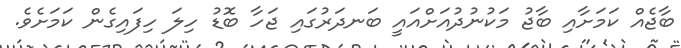
ބާޖެއް ކަމަށާއި ބާޖު މަކުނުދުއަށްއައީ ބަނދަރުގައި ޖަހާ ބޮޑު ހިލަ ހިފައިގެން ކަމަށެވެ.